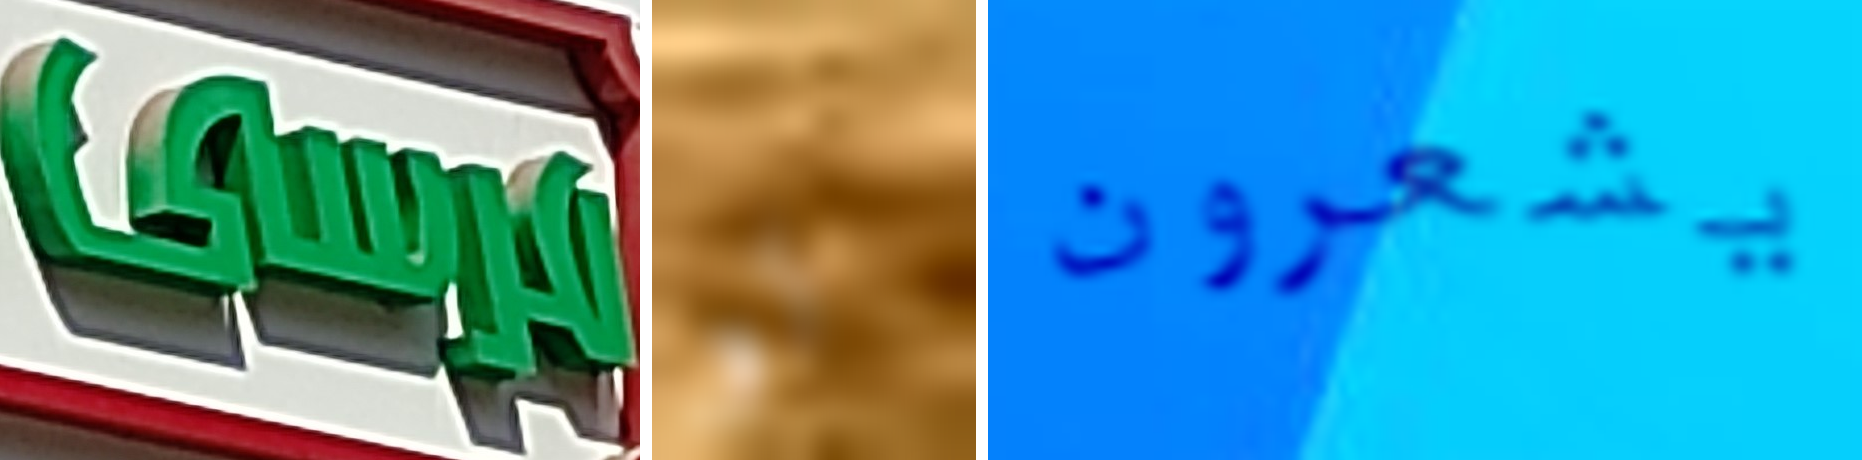
مرسى لو يشعرون